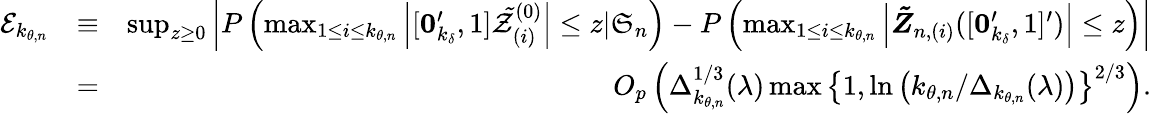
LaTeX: \begin{array}{rlr}{\mathcal{E}_{k_{\theta,n}}}&{\equiv}&{\operatorname*{sup}_{z\geq 0}\left\vert P\left(\operatorname*{max}_{1\leq i\leq k_{\theta,n}}\left\vert[\boldsymbol{0}_{k_{\delta}}^{\prime},1]\mathcal{\tilde{Z}}_{(i)}^{(0)}\right\vert\leq z|\mathfrak{S}_{n}\right)-P\left(\operatorname*{max}_{1\leq i\leq k_{\theta,n}}\left\vert\boldsymbol{\tilde{Z}}_{n,(i)}([\boldsymbol{0}_{k_{\delta}}^{\prime},1]^{\prime})\right\vert\leq z\right)\right\vert}\\ &{=}&{O_{p}\left(\Delta_{k_{\theta,n}}^{1/3}(\lambda)\operatorname*{max}\left\{ 1,\ln\left(k_{\theta,n}/\Delta_{k_{\theta,n}}(\lambda)\right)\right\} ^{2/3}\right).}\end{array}